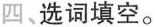
四、选词填空。